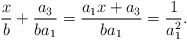
\begin{align*}\frac{x}{b}+\frac{a_3}{ba_1}= \frac{a_1x+a_3}{ba_1}= \frac{1}{a_1^2}.\end{align*}